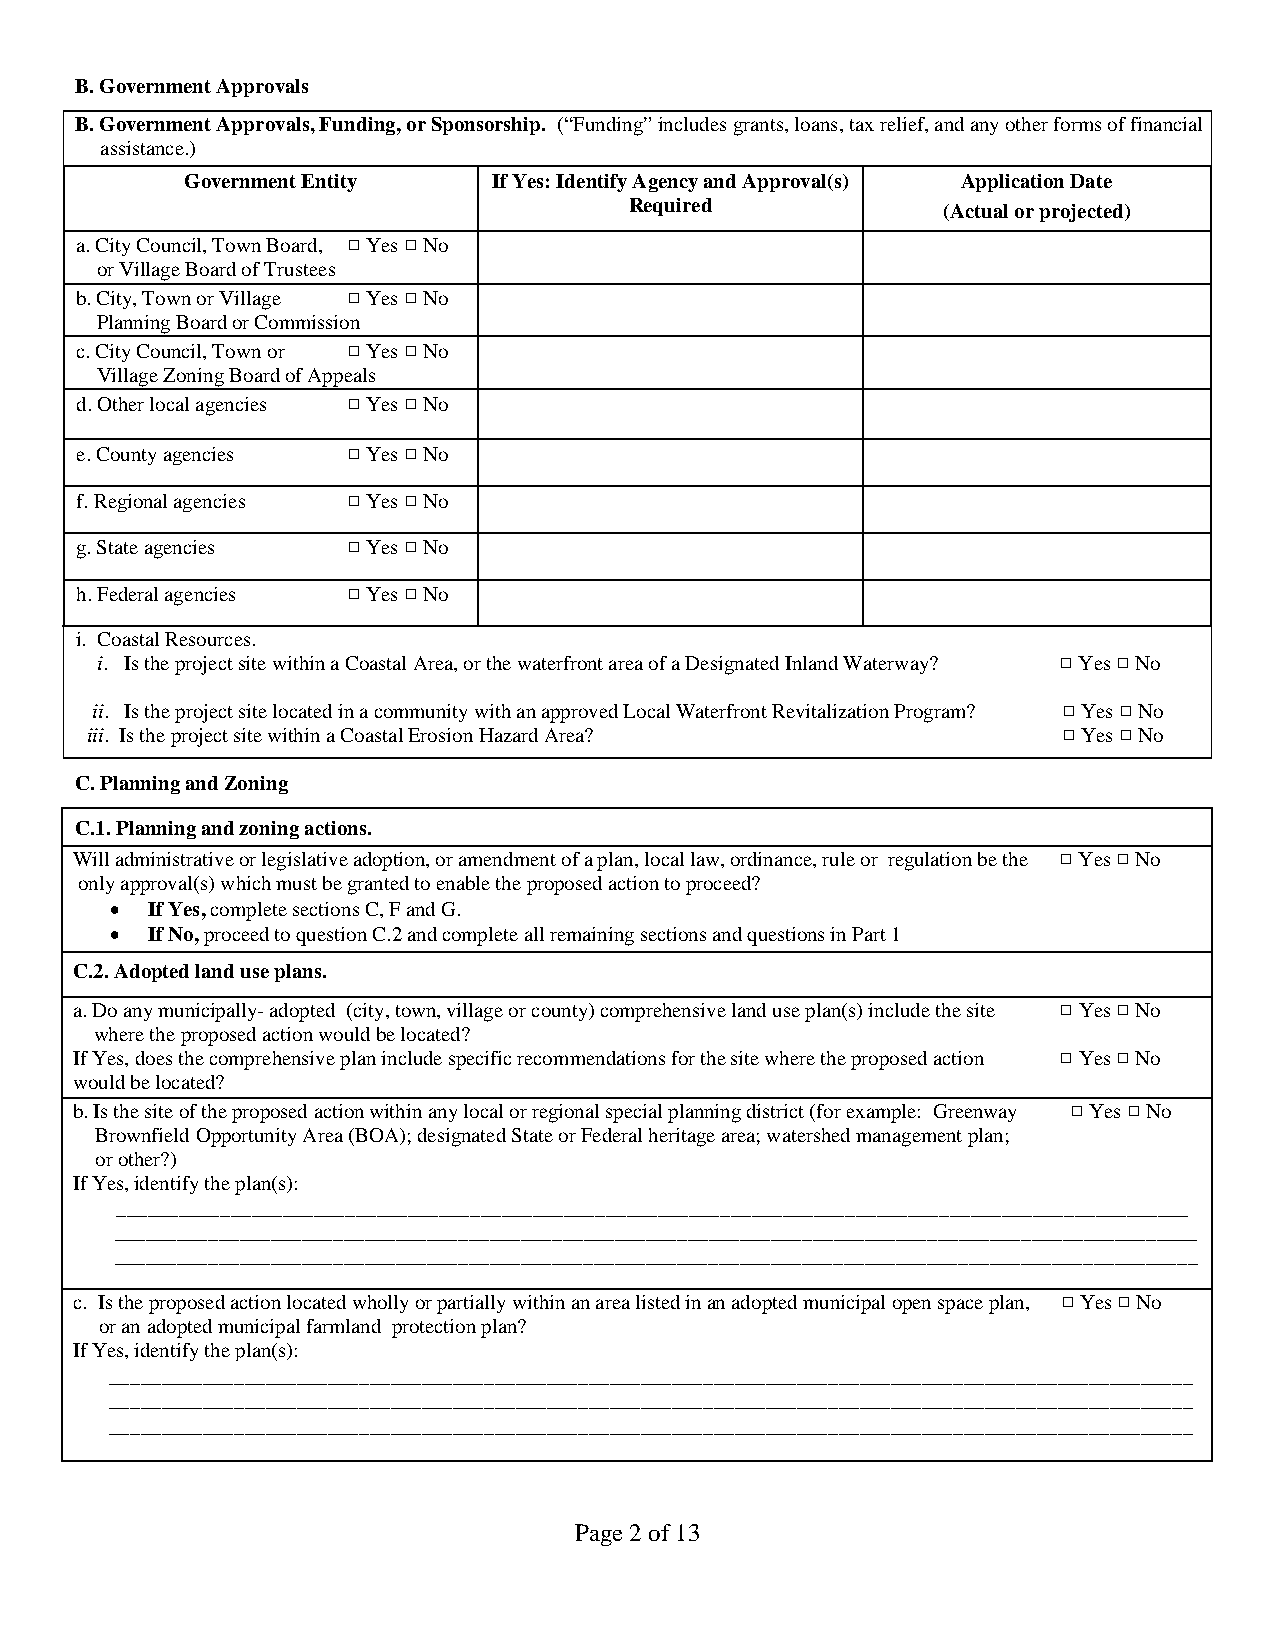
B. Government Approvals
 B. Government Approvals, Funding, or Sponsorship. (“Funding” includes grants, loans, tax relief, and any other forms of financial
 assistance.)
 Government Entity    If Yes: Identify Agency and Approval(s) Application Date
 Required            (Actual or projected)
 a.City Council, Town Board, 9 Yes 9 No
 or Village Board of Trustees
 b.City, Town or Village 9 Yes 9 No
 Planning Board or Commission
 c.City Council, Town or 9 Yes 9 No
 Village Zoning Board of Appeals
 d.Other local agencies 9 Yes 9 No
 e.County agencies 9 Yes 9 No
 f.Regional agencies 9 Yes 9 No
 g. State agencies 9 Yes 9 No
 h.Federal agencies 9 Yes 9 No
 i. Coastal Resources.
 i. Is the project site within a Coastal Area, or the waterfront area of a Designated Inland Waterway? 9 Yes 9 No
 ii. Is the project site located in a community with an approved Local Waterfront Revitalization Program? 9 Yes 9 No
 iii. Is the project site within a Coastal Erosion Hazard Area?  9 Yes 9 No
 C. Planning and Zoning
 C.1. Planning and zoning actions.
 Will administrative or legislative adoption, or amendment of a plan, local law, ordinance, rule or regulation be the 9 Yes 9 No
 only approval(s) which must be granted to enable the proposed action to proceed?
 •  If Yes, complete sections C, F and G.
 •  If No, proceed to question C.2 and complete all remaining sections and questions in Part 1
 C.2. Adopted land use plans.
 a.Do any municipally- adopted (city, town, village or county) comprehensive land use plan(s) include the site 9 Yes 9 No
 where the proposed action would be located?
 If Yes, does the comprehensive plan include specific recommendations for the site where the proposed action 9 Yes 9 No
 would be located?
 b.Is the site of the proposed action within any local or regional special planning district (for example: Greenway 9 Yes 9 No
 Brownfield Opportunity Area (BOA); designated State or Federal heritage area; watershed management plan;
 or other?)
 If Yes, identify the plan(s):
 _______________________________________________________________________________________________________
 ________________________________________________________________________________________________________
 ________________________________________________________________________________________________________
 c. Is the proposed action located wholly or partially within an area listed in an adopted municipal open space plan, 9 Yes 9 No
 or an adopted municipal farmland protection plan?
 If Yes, identify the plan(s):
 ________________________________________________________________________________________________________
 ________________________________________________________________________________________________________
 ________________________________________________________________________________________________________
 Page 2 of 13